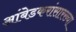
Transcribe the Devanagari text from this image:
आंबेडकरांसारख्या